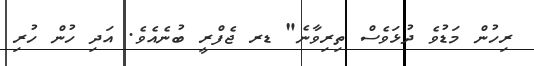
ރިހުން މަޑުވެ ދުޅަވެސް ތިރިވާނެ" ޑރ ޖެފްރީ ބުނެއެވެ. އަދި ހުން ހުރި